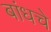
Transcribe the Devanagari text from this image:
बांधचे